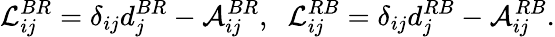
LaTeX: {\cal{L}}_{ij}^{BR}=\delta_{ij}d_{j}^{BR}-{\cal A}_{ij}^{BR},\; \; {\cal{L}}_{ij}^{RB}=\delta_{ij}d_{j}^{RB}-{\cal A}_{ij}^{RB}.